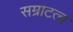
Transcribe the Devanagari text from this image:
सम्राटत्व